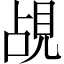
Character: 覘